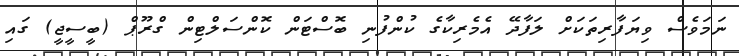
ނަމަވެސް ވިޔަފާރިތަކަށް ލަފާދޭ އެމެރިކާގެ ކުންފުނި ބޮސްޓަން ކޮންސަލްޓިން ގްރޫޕް (ބީސީޖީ) ގައި